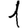
Digit: 1